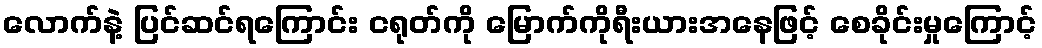
လောက်နဲ့ ပြင်ဆင်ရကြောင်း ငရုတ်ကို မြောက်ကိုရီးယားအနေဖြင့် စေခိုင်းမှုကြောင့်